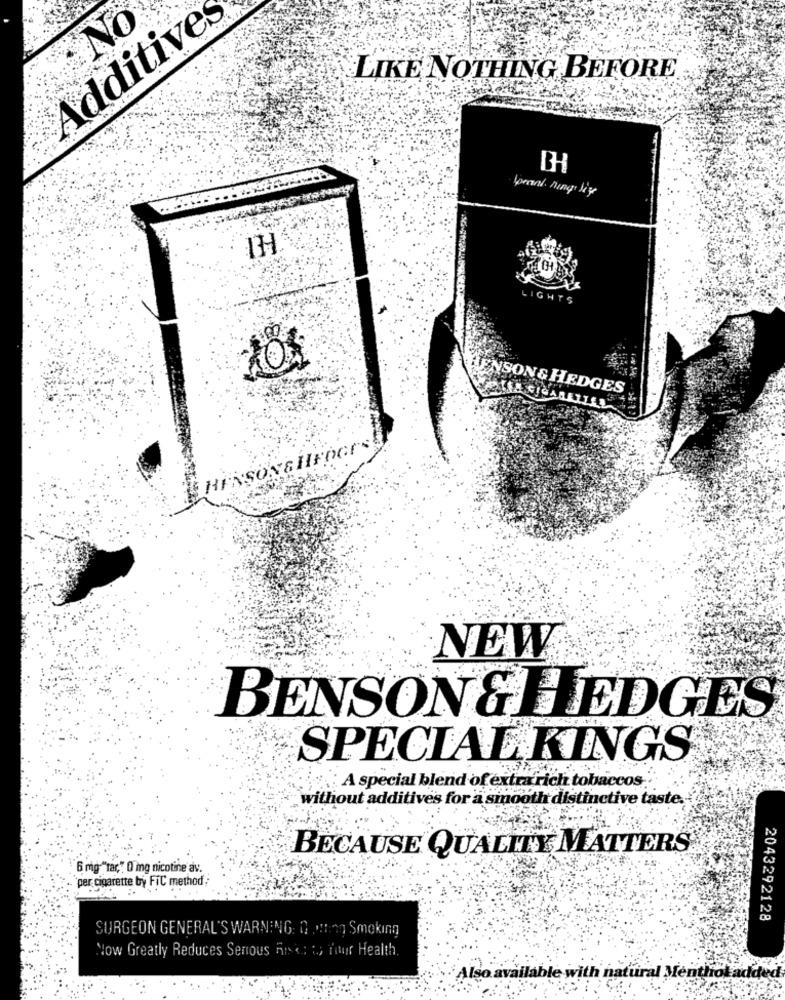
Additives
NO
LIKE NOTHING BEFORE
BH
ENSON& HEDGES
NEW
BENSON & HEDGES
SPECIAL KINGS
.A special blend of extrarich tobaccos
without additives for a smooth distinctive taste.
BECAUSE QUALITY MATTERS
6 mg "tar," 0 mg nicotine av.
`per cigarette by FIC method
2043292128
SURGEON GENERAL'S WARNING: 0 0 :: no Smoking
Now Greatly Reduces Serious Are ts four Health.
Also available with natural Mentholadded